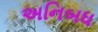
અનિબધ